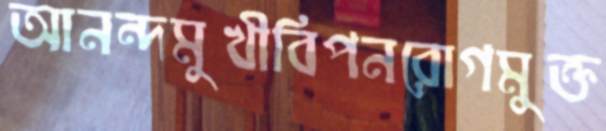
আনন্দমুখীবিপনরোগমুক্ত